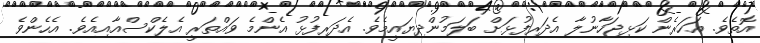
އޮތެވެ. އަހަރެން ކަޅިޖަހާނުލާ އެދަރިފުޅަށް ބަލަމުންދިޔައީމެވެ. އެދަރިފުޅު އެންމެ ވައްތަރީ އެލެކްސްއާއިއެވެ. އެހެންވެ